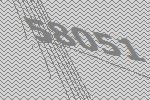
58051